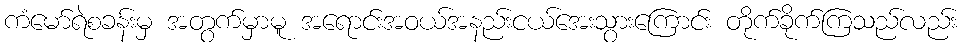
ကံမော်ရဲစခန်းမှ အတွက်မှာမူ အရောင်းအဝယ်အနည်းငယ်အေးသွားကြောင်း တိုက်ခိုက်ကြသည်လည်း